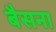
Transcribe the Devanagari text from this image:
बैसना